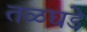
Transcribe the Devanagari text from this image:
तळघडे